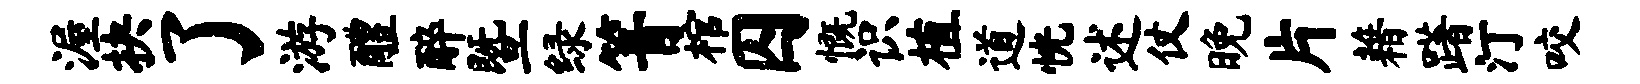
渥抉了游醴醉暨绿箐棺囚慨识植道恍述仗晚片藉躇汀咬